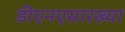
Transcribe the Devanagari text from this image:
डीएनएसारख्या